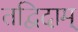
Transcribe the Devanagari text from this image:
तद्विदाम्